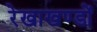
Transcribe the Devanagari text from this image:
रेखाखण्डों